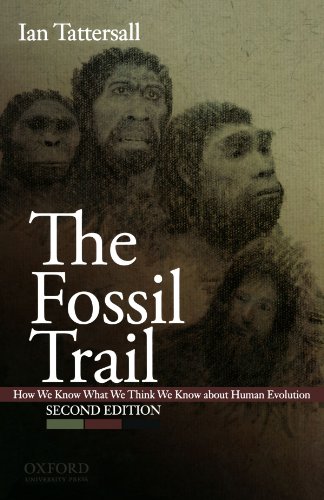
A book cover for The Fossil Trail: How We Know What We Think We Know About Human Evolution; Ian Tattersall; Science & Math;